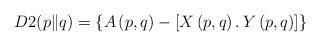
LaTeX: \begin{align*}D2(p\|q)=\left\lbrace A\left(p,q\right)-\left[X\left(p,q\right).\,Y\left(p,q\right)\right] \right\rbrace \end{align*}